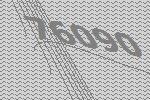
76090